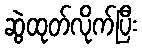
ဆွဲထုတ်လိုက်ပြီး